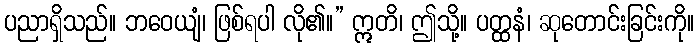
ပညာရှိသည်။ ဘဝေယျံ၊ ဖြစ်ရပါ လို၏။” ဣတိ၊ ဤသို့။ ပတ္ထနံ၊ ဆုတောင်းခြင်းကို။